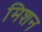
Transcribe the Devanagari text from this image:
मिशन